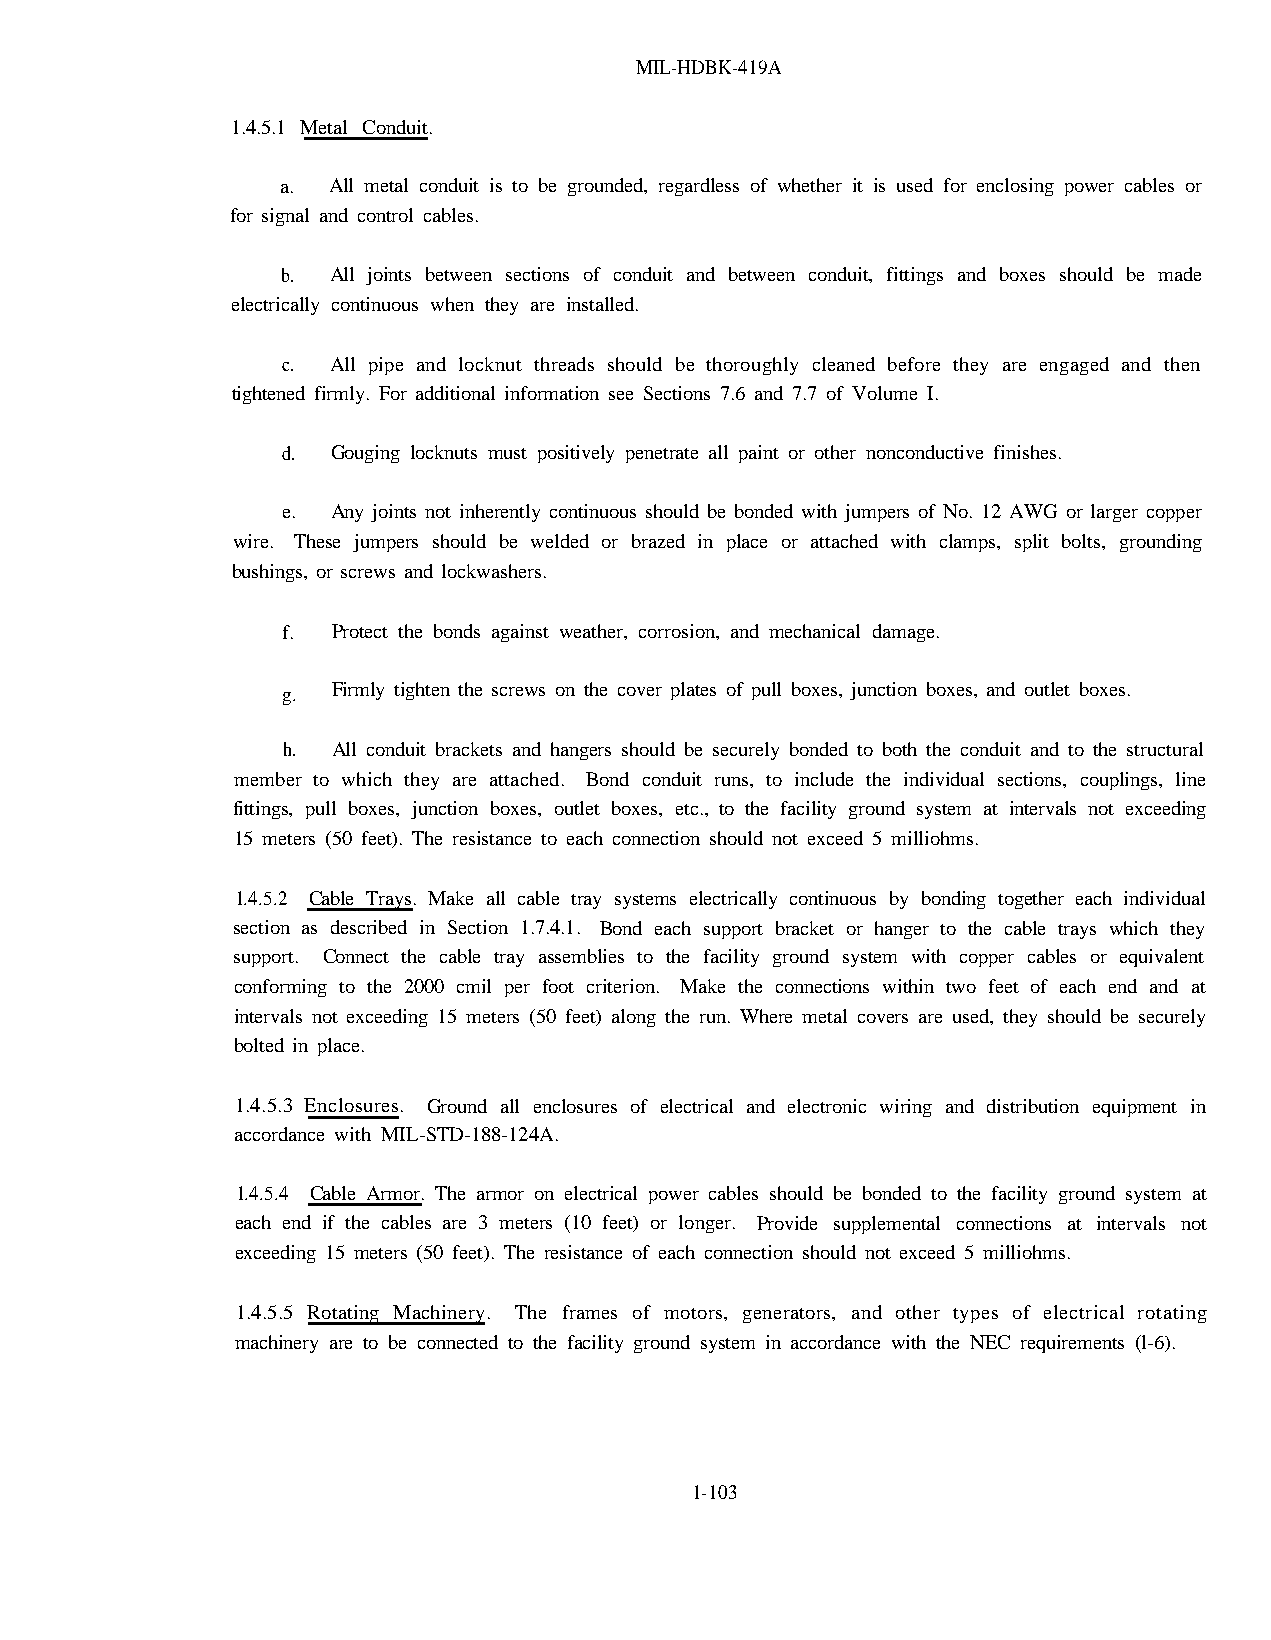
MIL-HDBK-419A
 1.4.5.1 Metal Conduit.
 a. All metal conduit is to be grounded, regardless of whether it is used for enclosing power cables or
 for signal and control cables.
 b. All joints between sections of conduit and between conduit, fittings and boxes should be made
 electrically continuous when they are installed.
 c. All pipe and locknut threads should be thoroughly cleaned before they are engaged and then
 tightened firmly. For additional information see Sections 7.6 and 7.7 of Volume I.
 d. Gouging locknuts must positively penetrate all paint or other nonconductive finishes.
 e. Any joints not inherently continuous should be bonded with jumpers of No. 12 AWG or larger copper
 wire. These jumpers should be welded or brazed in place or attached with clamps, split bolts, grounding
 bushings, or screws and lockwashers.
 f. Protect the bonds against weather, corrosion, and mechanical damage.
 g. Firmly tighten the screws on the cover plates of pull boxes, junction boxes, and outlet boxes.
 h. All conduit brackets and hangers should be securely bonded to both the conduit and to the structural
 member to which they are attached. Bond conduit runs, to include the individual sections, couplings, line
 fittings, pull boxes, junction boxes, outlet boxes, etc., to the facility ground system at intervals not exceeding
 15 meters (50 feet). The resistance to each connection should not exceed 5 milliohms.
 1.4.5.2 Cable Trays. Make all cable tray systems electrically continuous by bonding together each individual
 section as described in Section 1.7.4.1. Bond each support bracket or hanger to the cable trays which they
 support. Connect the cable tray assemblies to the facility ground system with copper cables or equivalent
 conforming to the 2000 cmil per foot criterion. Make the connections within two feet of each end and at
 intervals not exceeding 15 meters (50 feet) along the run. Where metal covers are used, they should be securely
 bolted in place.
 1.4.5.3 Enclosures. Ground all enclosures of electrical and electronic wiring and distribution equipment in
 accordance with MIL-STD-188-124A.
 1.4.5.4 Cable Armor. The armor on electrical power cables should be bonded to the facility ground system at
 each end if the cables are 3 meters (10 feet) or longer. Provide supplemental connections at intervals not
 exceeding 15 meters (50 feet). The resistance of each connection should not exceed 5 milliohms.
 1.4.5.5 Rotating Machinery. The frames of motors, generators, and other types of electrical rotating
 machinery are to be connected to the facility ground system in accordance with the NEC requirements (l-6).
 1-103